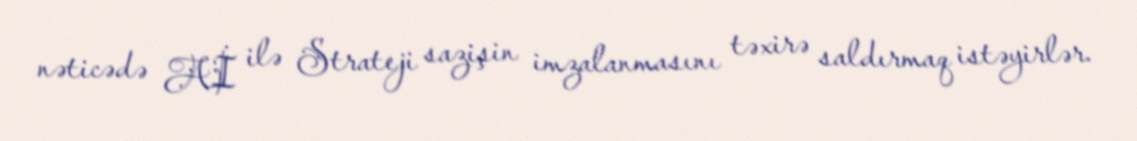
nəticədə Aİ ilə Strateji sazişin imzalanmasını təxirə saldırmaq istəyirlər.